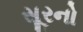
સૂરનો